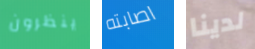
ينظرون اصابته لدينا